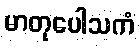
မာတုပေါသကံ